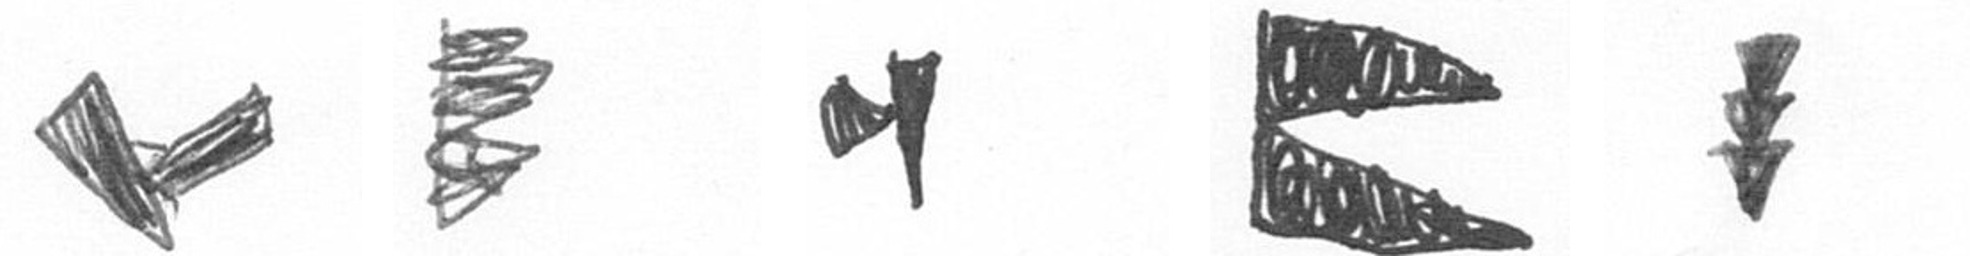
F H M P E